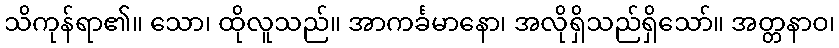
သိကုန်ရာ၏။ သော၊ ထိုလူသည်။ အာကင်္ခမာနော၊ အလိုရှိသည်ရှိသော်။ အတ္တနာဝ၊